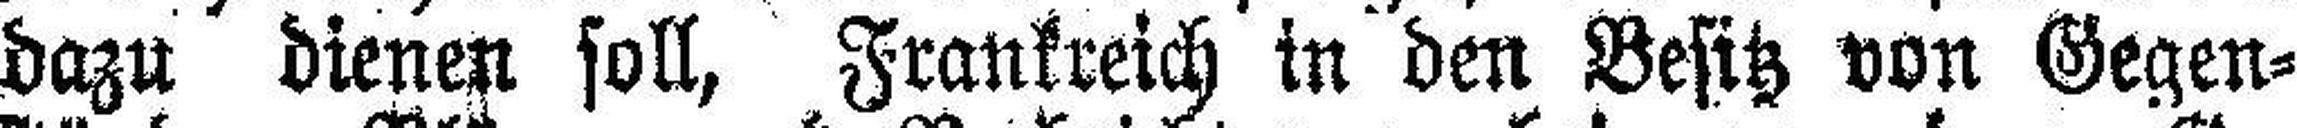
dazu dienen soll, Frankreich in den Besitz von Gegen¬